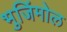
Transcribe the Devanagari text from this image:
भुजिंमोल